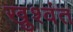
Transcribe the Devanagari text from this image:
खुश्वंत